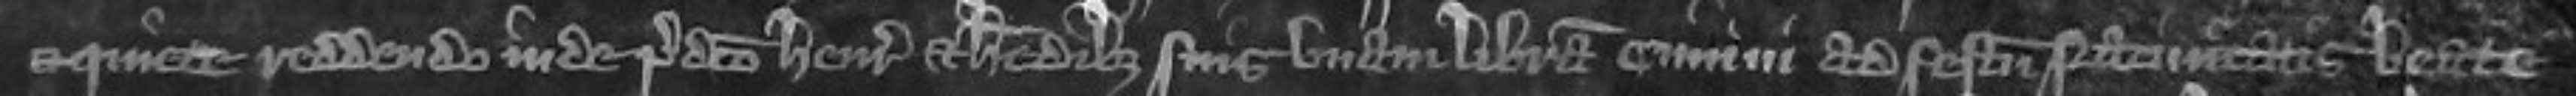
et quiete reddendo inde predicto Henrico et heredibus suis unam libram ciminil ad festum Nativitatis Beate